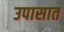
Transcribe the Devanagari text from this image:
उपासात